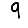
Digit: 9